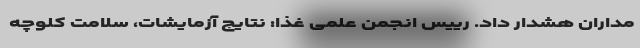
مداران هشدار داد. رییس انجمن علمی غذا: نتایج آزمایشات، سلامت کلوچه